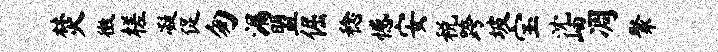
焚徵槎凝促匆漏盟倔稔憾安税跨坡宝沈岫凋聚